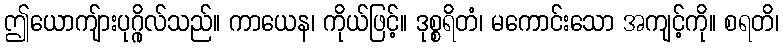
ဤယောကျ်ားပုဂ္ဂိုလ်သည်။ ကာယေန၊ ကိုယ်ဖြင့်။ ဒုစ္စရိတံ၊ မကောင်းသော အကျင့်ကို။ စရတိ၊